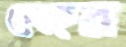
জোহর